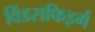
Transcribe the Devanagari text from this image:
विंडसफिइर्ग